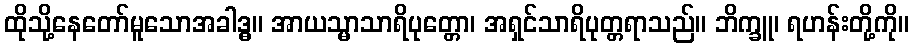
ထိုသို့နေတော်မူသောအခါဒ္ဓ။ အာယသ္မာသာရိပုတ္တော၊ အရှင်သာရိပုတ္တရာသည်။ ဘိက္ခူ၊ ရဟန်းတို့ကို။